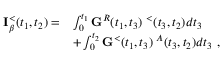
\begin{array} { r l } { { \bf I } _ { \beta } ^ { < } ( t _ { 1 } , t _ { 2 } ) = } & { \int _ { 0 } ^ { t _ { 1 } } { \bf G } ^ { R } ( t _ { 1 } , t _ { 3 } ) { \bf \Sigma } ^ { < } ( t _ { 3 } , t _ { 2 } ) d t _ { 3 } } \\ & { + \int _ { 0 } ^ { t _ { 2 } } { \bf G } ^ { < } ( t _ { 1 } , t _ { 3 } ) { \bf \Sigma } ^ { A } ( t _ { 3 } , t _ { 2 } ) d t _ { 3 } ~ , } \end{array}